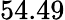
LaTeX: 54.49